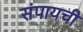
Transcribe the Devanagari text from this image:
संपायची